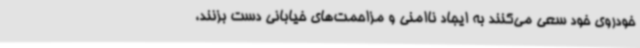
خودروی خود سعی می‌کنند به ایجاد ناامنی و مزاحمت‌های خیابانی دست بزنند،